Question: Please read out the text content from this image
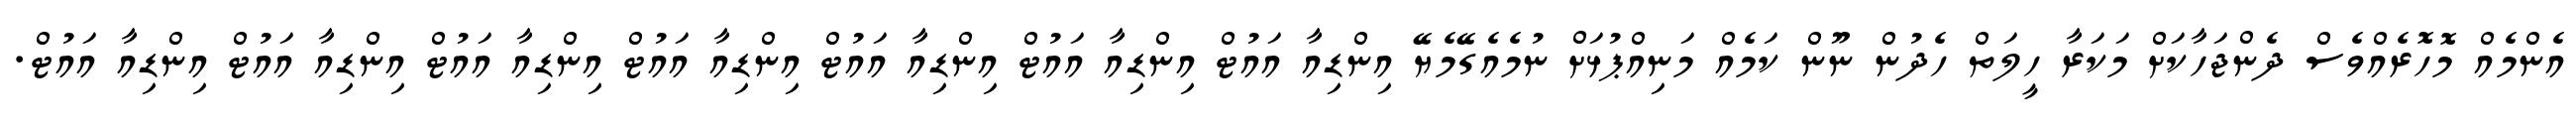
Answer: އެންމެއް މޮހޮރެއްވެސް ދެންޖަހާކަށް މަކަރާ ހީލަތް ހެދުން ނޫން ކަމެއް މަނިއްޕުޅަށް ނުމެއެގޭމެޔޭ އިންޑިއާ އައުޓް އިންޑިއާ އައުޓް އިންޑިއާ އައުޓް އިންޑިއާ އައުޓް އިންޑިއާ އައުޓް އިންޑިއާ އައުޓް އިންޑިއާ އައުޓް.